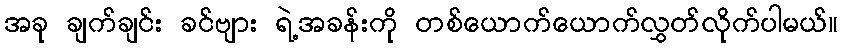
အခု ချက်ချင်း ခင်ဗျား ရဲ့အခန်းကို တစ်ယောက်ယောက်လွှတ်လိုက်ပါမယ်။